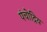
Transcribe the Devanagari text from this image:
पंचोद्रिय